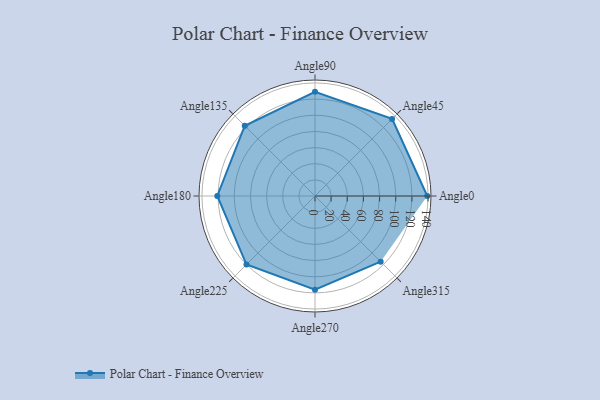
{"axis": {"x": "Angle", "y": "Radius"}, "legend": [""], "data": [{"x": "Angle0", "y": 139.0, "type": ""}, {"x": "Angle45", "y": 135.0, "type": ""}, {"x": "Angle90", "y": 129.0, "type": ""}, {"x": "Angle135", "y": 123.0, "type": ""}, {"x": "Angle180", "y": 121.0, "type": ""}, {"x": "Angle225", "y": 120.0, "type": ""}, {"x": "Angle270", "y": 116.0, "type": ""}, {"x": "Angle315", "y": 115.0, "type": ""}]}